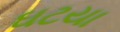
ઘટયા